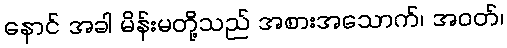
နောင် အခါ မိန်းမတို့သည် အစားအသောက်၊ အဝတ်၊